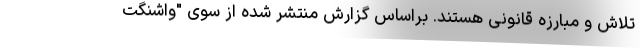
تلاش و مبارزه قانونی هستند. براساس گزارش منتشر شده از سوی "واشنگت